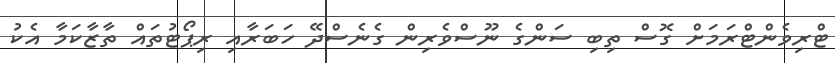
ޓްރިވެންޓްރަމަށް ގޮސް ތިބި ސަންގެ ނޫސްވެރިން ގެނެސްދޭ ހަބަރާއި ރިޕޯޓުތައް ތާޒާކަމާ އެކު